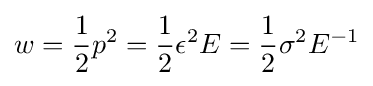
w={\frac {1}{2}}p^{2}={\frac {1}{2}}\epsilon ^{2}E={\frac {1}{2}}\sigma ^{2}E^{-1}